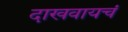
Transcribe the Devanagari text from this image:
दाखवायचं